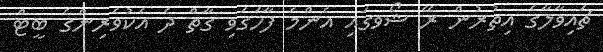
ޗައިވާލާގެ އިތުރުން ރޭ ޝޯވގައި އެންމެ ފާހަަގަވި ގާތް ދެ އެކުވެރިންގެ ބީޓް